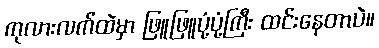
ကုလားလက်ထဲမှာ ဖြူဖြူပုံ့ပုံ့ကြီး ထင်းနေတာပဲ။